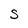
Character: S